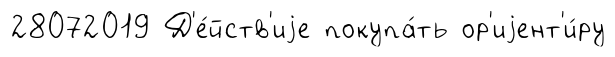
28072019 Д'е́йств'иjе покупа́ть ор'иjент'и́ру